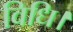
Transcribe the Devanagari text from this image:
विधि।